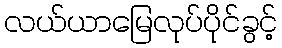
လယ်ယာမြေလုပ်ပိုင်ခွင့်